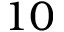
1 0